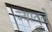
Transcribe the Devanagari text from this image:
ज्यातले